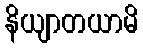
နိယျာတယာမိ